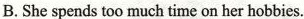
B.She spends too much time on her hobbies.